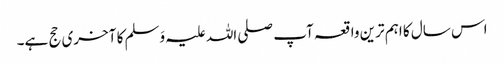
اس سال کا اہم ترین واقعہ آپ صلی اللہ علیہ وَسلم کا آخری حج ہے۔